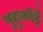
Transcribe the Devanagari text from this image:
पुदुकोट्टै